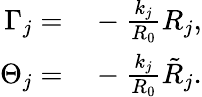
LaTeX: \begin{array}{rl}{\Gamma_{j}=}&{{}-\frac{k_{j}}{R_{0}}R_{j},}\\ {\Theta_{j}=}&{{}-\frac{k_{j}}{R_{0}}\tilde{R}_{j}.}\end{array}